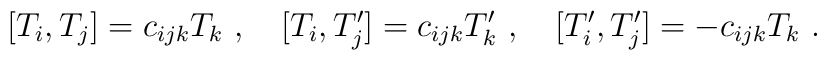
[T_i,T_j]=c_{ijk} T_k\ ,\quad[T_i,T_j']=c_{ijk} T_k'\ ,\quad[T_i',T_j']=-c_{ijk} T_k\ .